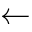
\gets